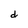
Character: d